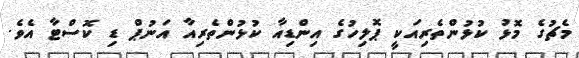
މެޗުގެ މޮޅު ކުޅުންތެރިއަކީ ޕޮލިހުގެ އިންޑިއާ ކުޅުންތެރިއާ އަނުޕް ޑި ކޮސްޓާ އެވެ.